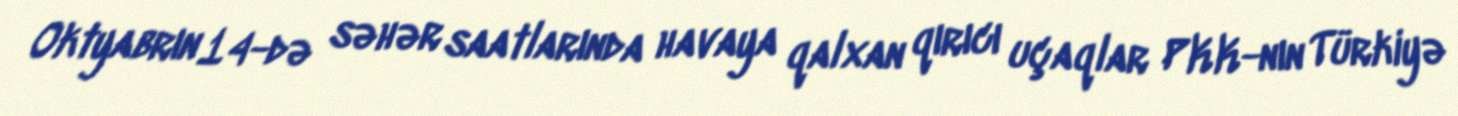
Oktyabrın 14-də səhər saatlarında havaya qalxan qırıcı uçaqlar PKK-nın Türkiyə